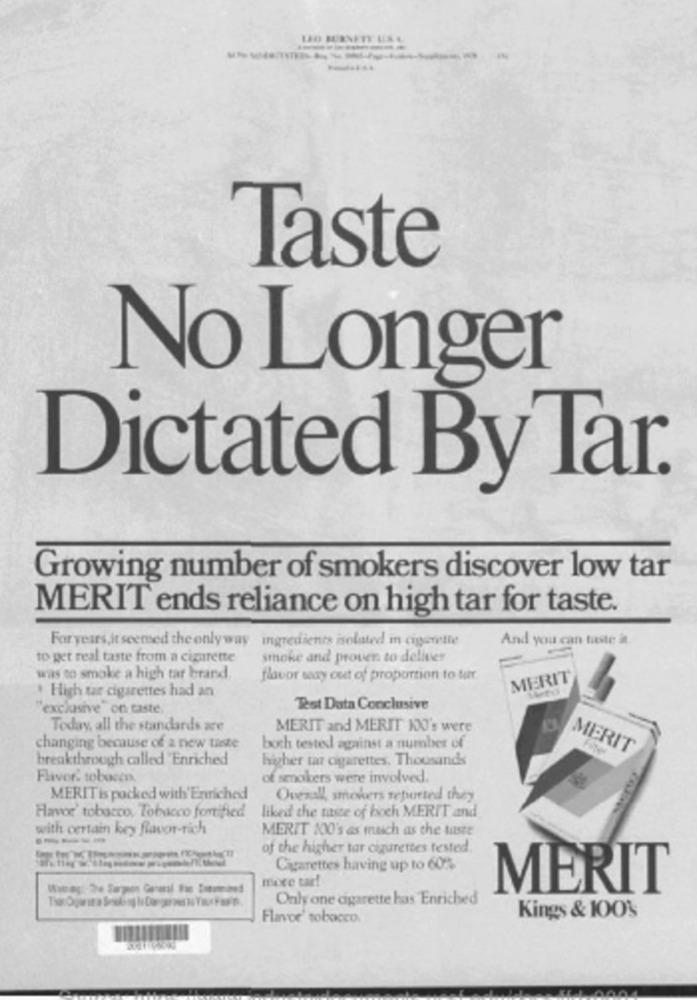
LEO BURNETT USO
Taste
No Longer
Dictated By Tar.
Growing number of smokers discover low tar
MERIT ends reliance on high tar for taste.
Foryears,it seemed the only way ingredients isolated in cigarette
And you can taste at
to get real taste from a cigarette
smoke and prover. to deliver
was to smoke a high tar brand.
flavor way out of proportion to tur.
MERIT
* High tae cigarettes had an
'exclusive" on taste
Test Data Conclusive
Today, all the standards are
MERIT and MERIT 100's were
changing because of a new taste
boch tested against a number of
MERIT
breakthrough called "Enriched
higher tar cigarettes. Thousands
Flavor tobacco
of smokers were involved.
MERIT is packed with' Enriched
Overall, smokers reported they
Havor' tobacco, Tobacco fortified
liked the taste of boch MERIT and
with certain key flavor-rich
MERIT 100's as much as the taste
of the higher tar cigarettes tested
Cigarettes having up to 60%
mece tar!
MERIT
Only one cigarette has Enriched
Kings & 100%
Flavoe' tobacco.